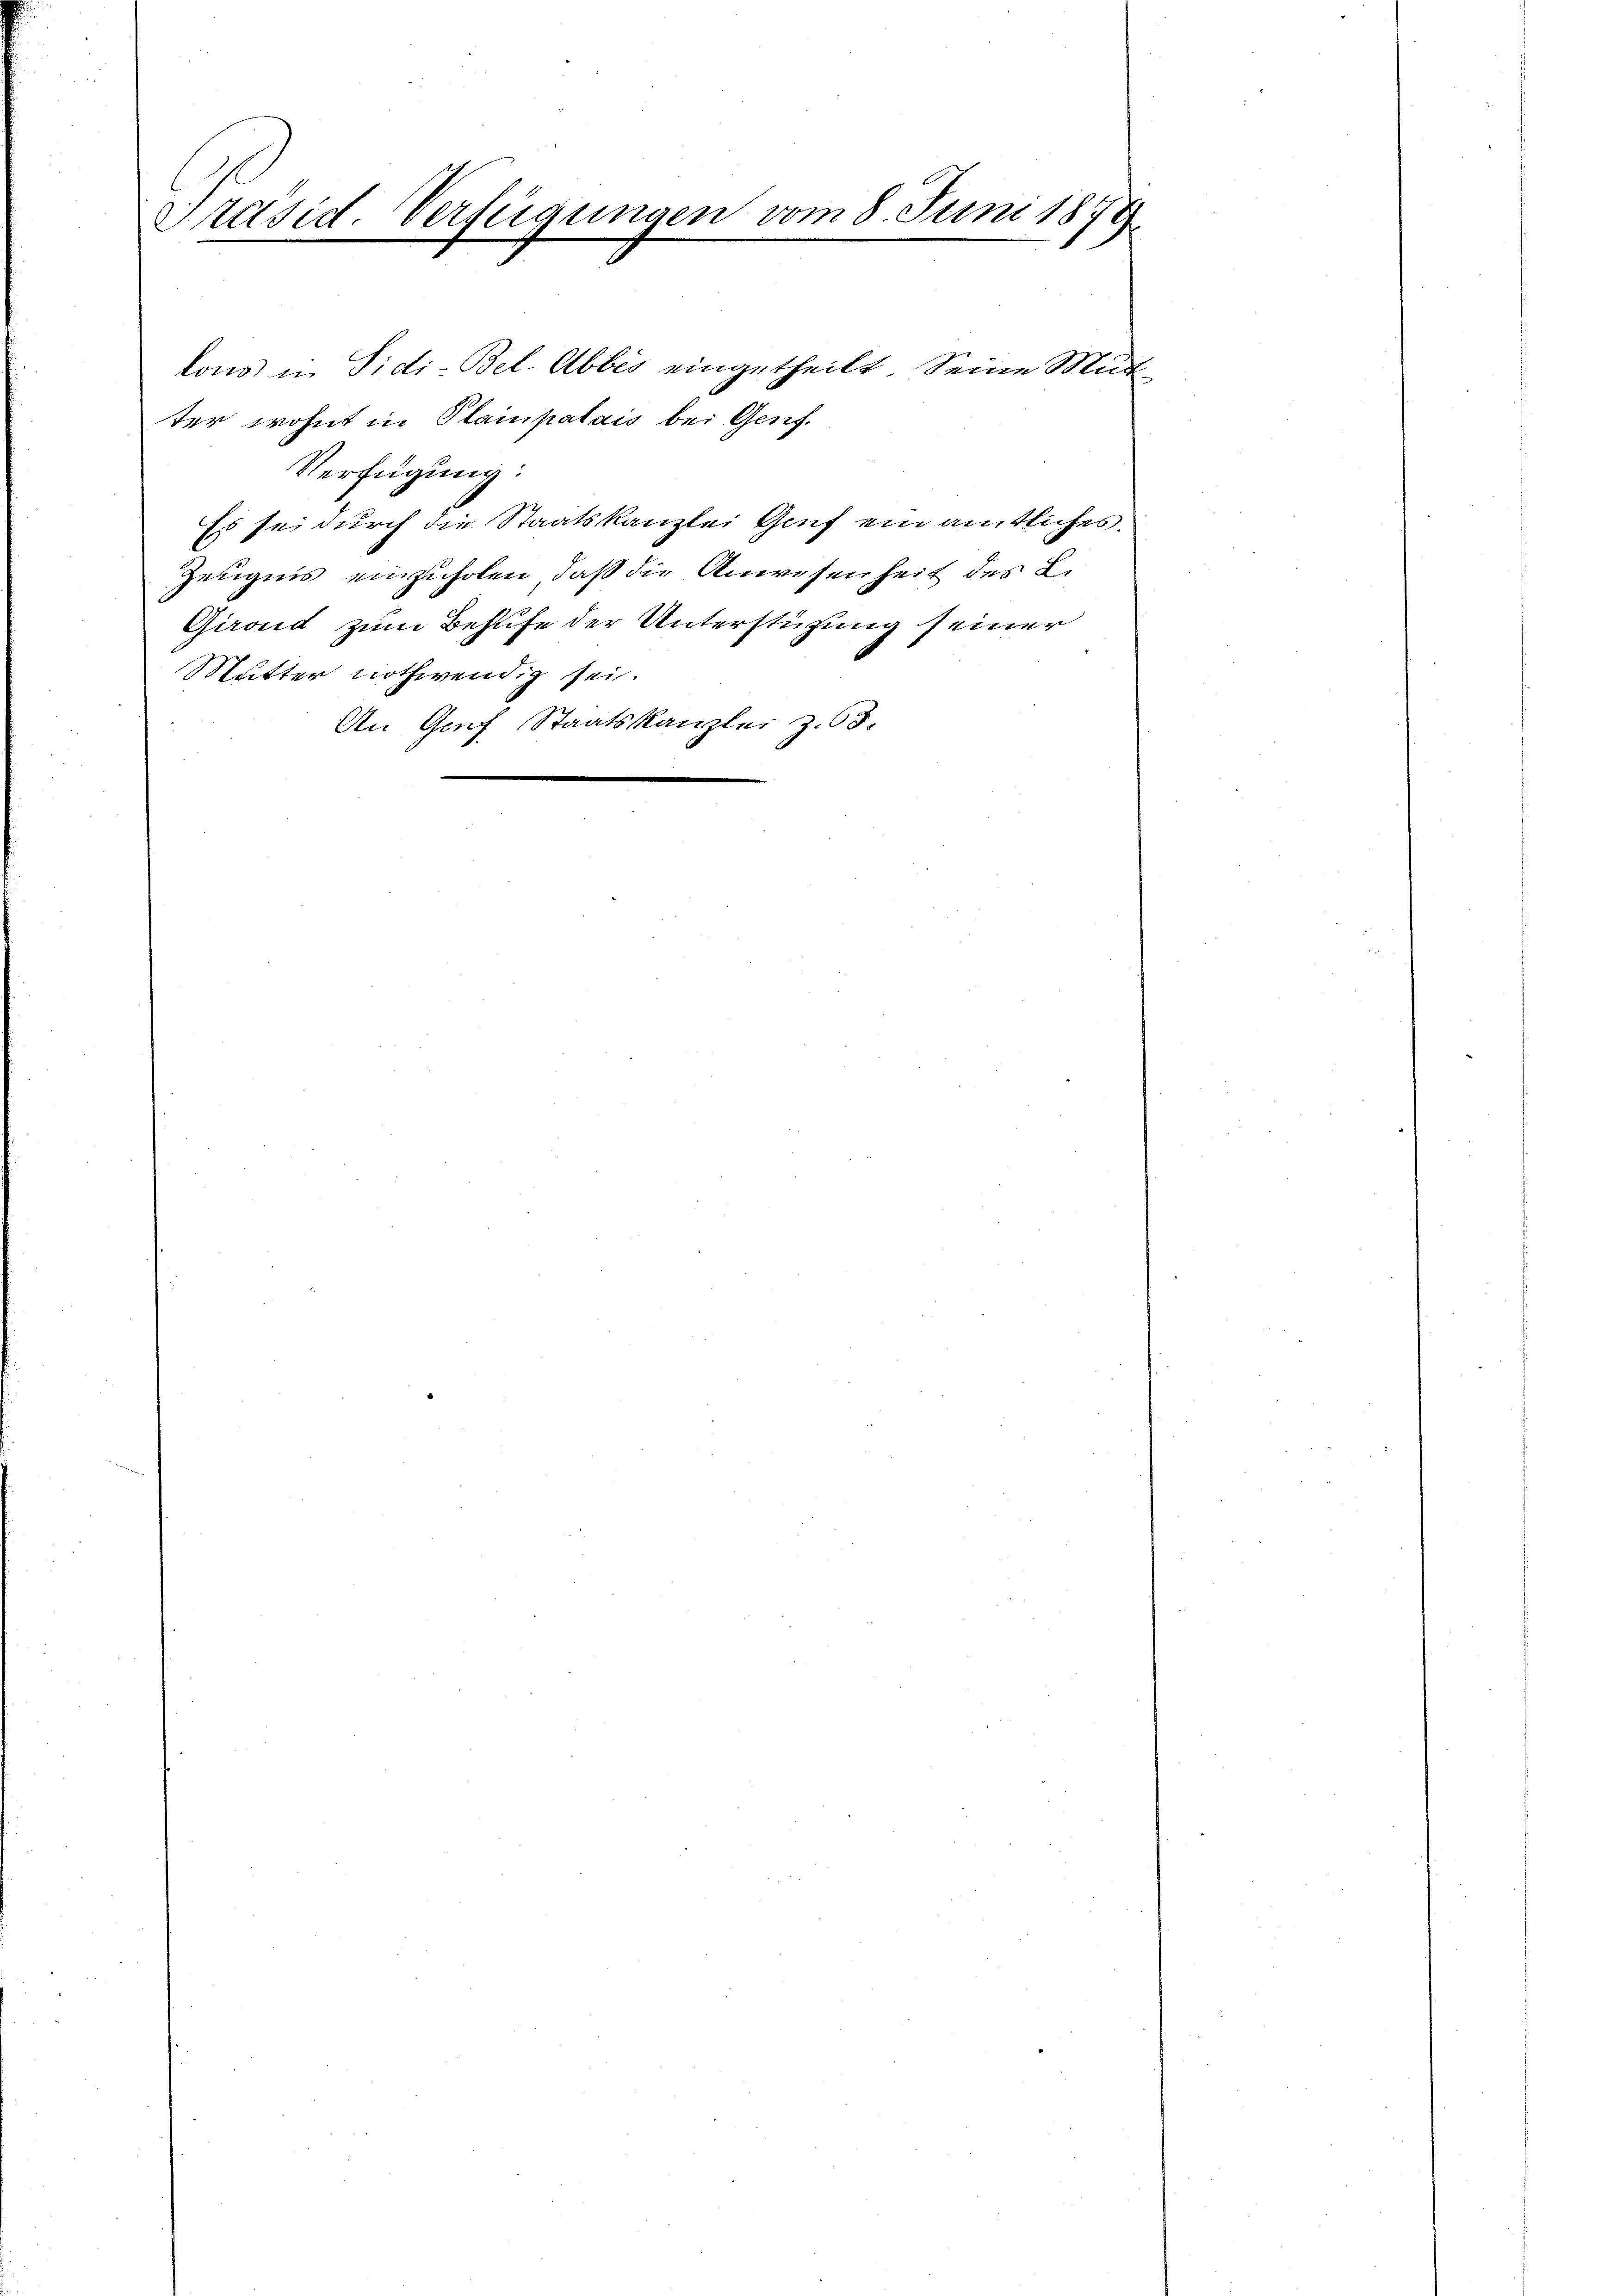
Präsid. Verfügungen vom 8. Juni 1879.

lons in Pidi-Bel-Abbes eingetheilt. Seine Mutter wohnt in Plainpalais bei Genf.
Verfügung:
Es sei durch die Staatskanzlei Genf ein amtliches
Zeugnis einzuholen, daß die Anwesenheit des L.
Girond zum Behufe der Unterstützung seiner
Mutter nothwendig sei.
An Graf Staatskanzlei Z. 63.